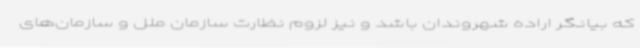
که بیانگر اراده شهروندان باشد و نیز لزوم نظارت سازمان ملل و سازمان‌های